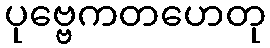
ပုဗ္ဗေကတဟေတု